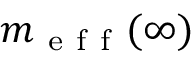
m _ { \mathrm { ~ e ~ f ~ f ~ } } ( \infty )